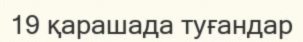
19 қарашада туғандар